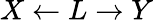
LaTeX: X\leftarrow L\rightarrow Y